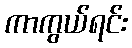
ကာကွယ်ရင်း